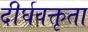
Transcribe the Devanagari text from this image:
दीर्घवक्तृता